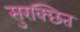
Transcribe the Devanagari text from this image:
सुरक्छित